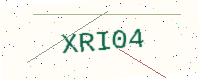
Text: XRI04